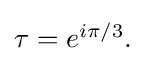
{\textstyle \tau =e^{i\pi /3}.}